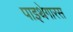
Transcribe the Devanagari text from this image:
पाइथेगारस